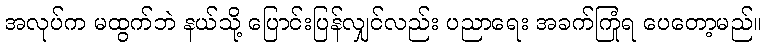
အလုပ်က မထွက်ဘဲ နယ်သို့ ပြောင်းပြန်လျှင်လည်း ပညာရေး အခက်ကြုံရ ပေတော့မည်။